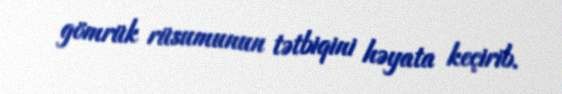
gömrük rüsumunun tətbiqini həyata keçirib.